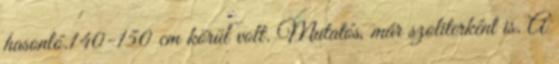
hasonló.140-150 cm körül volt. Mutatós, már szoliterként is. A